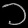
Digit: ၁